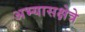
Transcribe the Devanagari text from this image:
अभ्यासक्षेत्रे